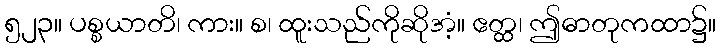
၅၂၃။ ပစ္စယာတိ၊ ကား။ စ၊ ထူးသည်ကိုဆိုအံ့။ ဧတ္ထ၊ ဤဓာတုကထာ၌။